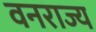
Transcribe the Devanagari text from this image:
वनराज्य